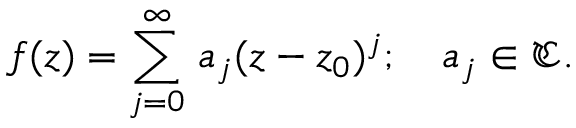
f ( z ) = \sum _ { j = 0 } ^ { \infty } \, a _ { j } ( z - z _ { 0 } ) ^ { j } ; \quad a _ { j } \in \mathfrak { C } .